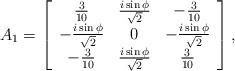
LaTeX: \begin{align*}A_1 = \left[\begin{array}{ccc} \frac{3}{10} & \frac{i \sin \phi }{\sqrt{2}} & -\frac{3}{10} \\ -\frac{i \sin \phi }{\sqrt{2}} & 0 & -\frac{i \sin \phi }{\sqrt{2}} \\ -\frac{3}{10} & \frac{i \sin \phi }{\sqrt{2}} & \frac{3}{10} \\\end{array}\right],\end{align*}